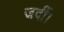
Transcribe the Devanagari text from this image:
जर्दी।